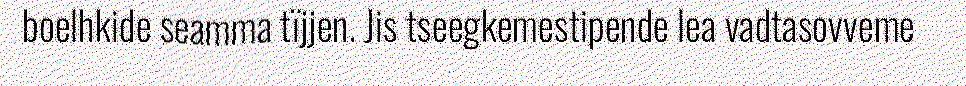
boelhkide seamma tïjjen. Jis tseegkemestipende lea vadtasovveme